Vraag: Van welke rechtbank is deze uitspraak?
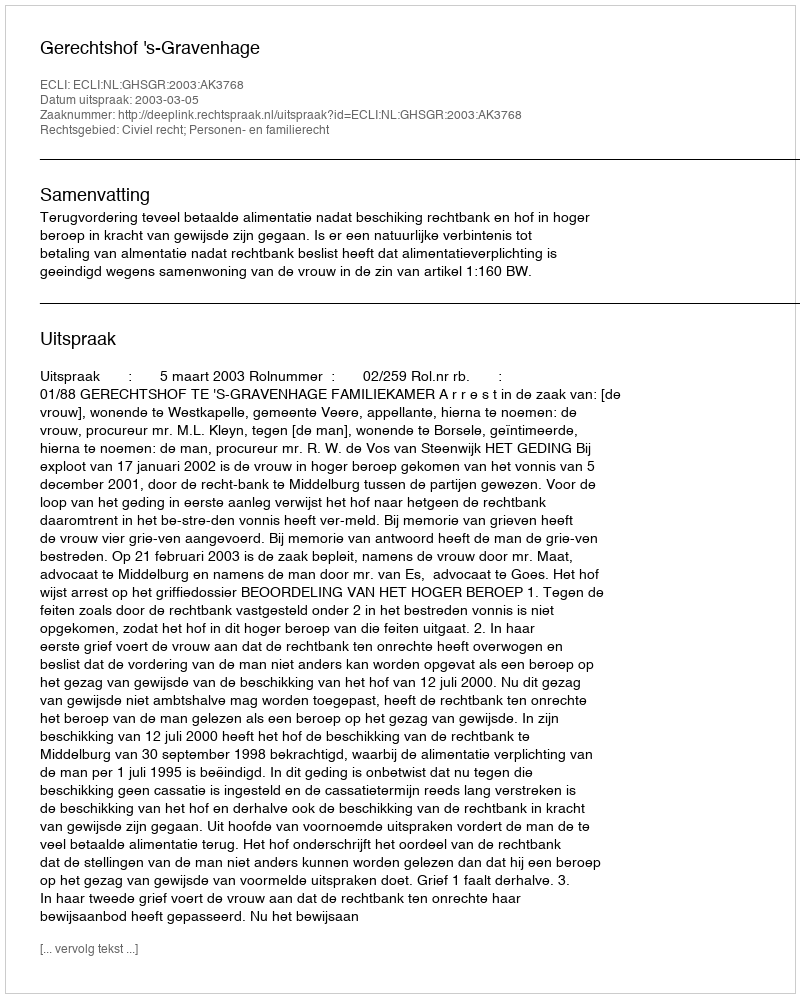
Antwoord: Gerechtshof 's-Gravenhage